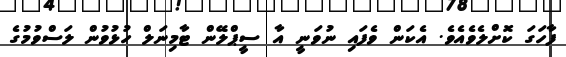
ފާހަގަ ކޮށްލެވެއެވެ. އެކަން ވެފައި ނުވަނީ އާ ސީޕްލޭން ޓާމިނަލް ހުޅުވުން ލަސްވުމުގެ